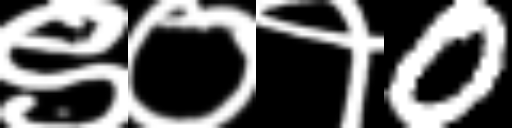
Text: ९०१0